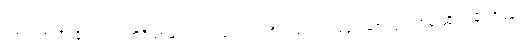
ပက်လက်အိပ်ခိုင်းသည် ကိရိယာများ ပါဝင်ကြောင်းကိုလည်း လုပ်ငန်းဆောင်ရွက်ရာမှ ဆိုလာမီးအိမ်များ